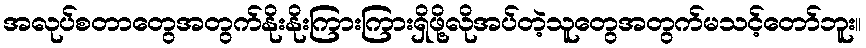
အလုပ်စတာတွေအတွက်နိုးနိုးကြားကြားရှိဖို့လိုအပ်တဲ့သူတွေအတွက်မသင့်တော်ဘူး။